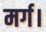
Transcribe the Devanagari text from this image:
मर्ग।